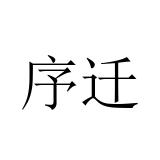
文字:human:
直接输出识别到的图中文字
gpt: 序迁